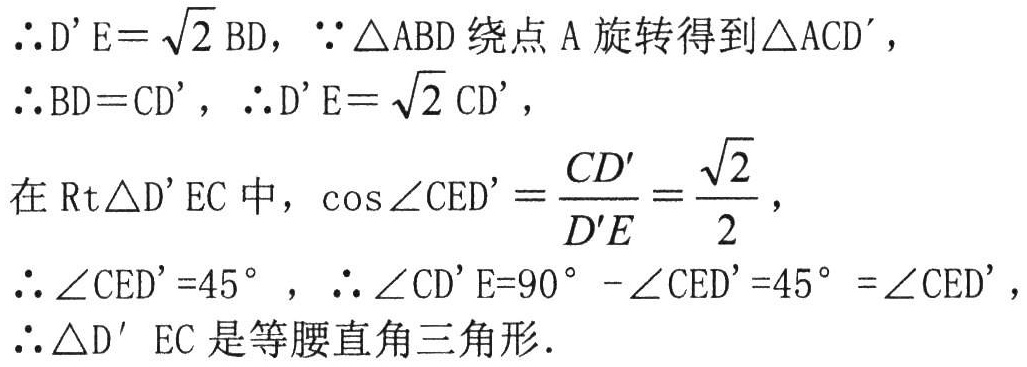
$\therefore D'E = \sqrt{2}BD, \because \triangle ABD\text{ 绕点 }A\text{ 旋转得到 }\triangle ACD',$

$\therefore BD = CD', \therefore D'E = \sqrt{2}CD',$

在 $\text{Rt}\triangle D'EC$ 中, $\cos\angle CED' = \frac{CD'}{D'E} = \frac{\sqrt{2}}{2},$

$\therefore \angle CED' = 45^{\circ}, \therefore \angle CD'E = 90^{\circ} - \angle CED' = 45^{\circ} = \angle CED',$

$\therefore \triangle D'EC\text{ 是等腰直角三角形}.$